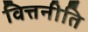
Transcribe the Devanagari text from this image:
वित्तनीति